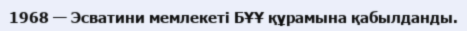
1968 — Эсватини мемлекеті БҰҰ құрамына қабылданды.